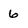
Character: 6